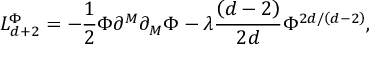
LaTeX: L _ { d + 2 } ^ { \Phi } = - \frac { 1 } { 2 } \Phi \partial ^ { M } \partial _ { M } \Phi - \lambda \frac { \left( d - 2 \right) } { 2 d } \Phi ^ { 2 d / \left( d - 2 \right) } ,